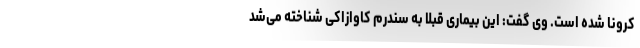
کرونا شده است. وی گفت: این بیماری قبلا به سندرم کاوازاکی شناخته می‌شد